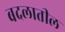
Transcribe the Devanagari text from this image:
बदलातील